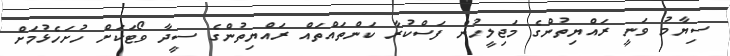
ސިޔާމު ވަނީ ރައްޔިތުންގެ މަޖިލީހުން ފަސްކުރާ ކަންތައްތައް ރައްޔިތުންގެ ސީދާ ވޯޓަކަށް ހުށަހެޅުމަށް